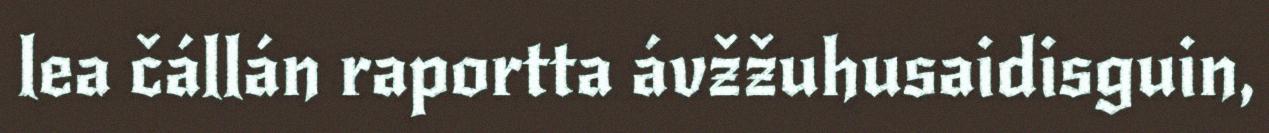
lea čállán raportta ávžžuhusaidisguin,